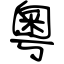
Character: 粵